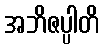
အဘိဇပ္ပါတိ